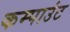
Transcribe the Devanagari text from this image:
कम्पाउंट